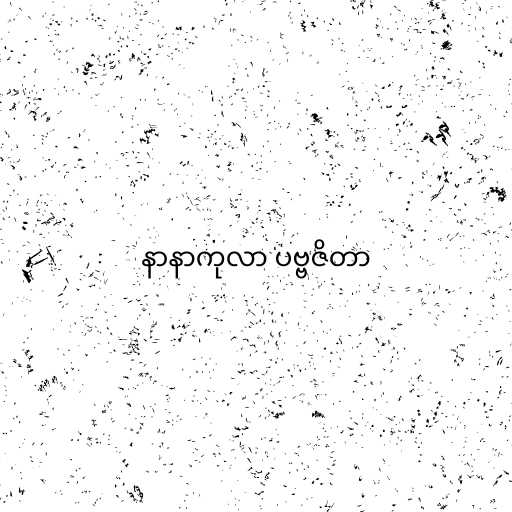
နာနာကုလာ ပဗ္ဗဇိတာ